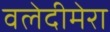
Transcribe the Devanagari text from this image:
वलेदीमेरा